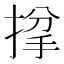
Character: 𢯌